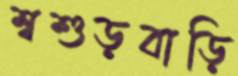
শ্বশুড়বাড়ি